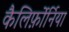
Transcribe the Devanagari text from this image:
कैलिर्फ़ोर्निया